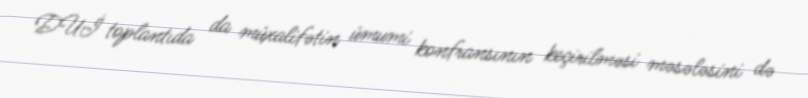
DUİ toplantıda da müxalifətin ümumi konfransının keçirilməsi məsələsini də